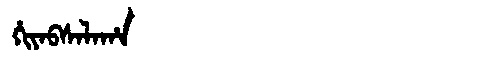
Manchu: ᡥᡳᠶᠠᠪᠰᠠᠯᠠᡥᠠ
Romanization: HIYABSALAHA